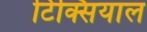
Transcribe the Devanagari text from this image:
टिक्सियाल